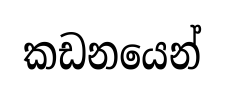
කඩනයෙන්